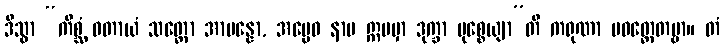
ဒိသွာ “ကိစ္ဆံ ဝတာယံ သတ္တော အာပန္နော, အပ္ပေဝ နာမ ဣမမှာ ဒုက္ခာ မုစ္စေယျာ”တိ ကရုဏာ ပဝတ္တေတဗ္ဗာ။ တံ